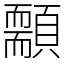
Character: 䫱